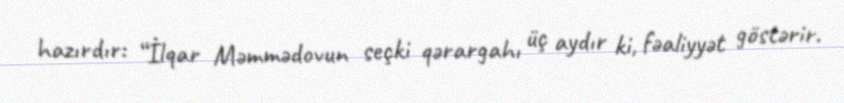
hazırdır: “İlqar Məmmədovun seçki qərargahı üç aydır ki, fəaliyyət göstərir.